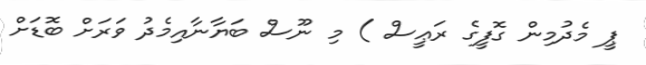
ޕީ މެދުމިން ގޮފީގެ ރަޢީސް ) މި ނޫސް ބަޔާނާއިމެދު ވަރަށް ބޮޑަށް